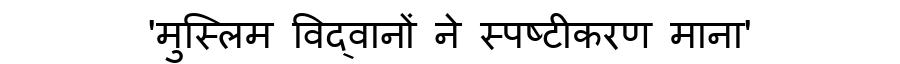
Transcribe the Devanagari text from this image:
'मुस्लिम विद्वानों ने स्पष्टीकरण माना'